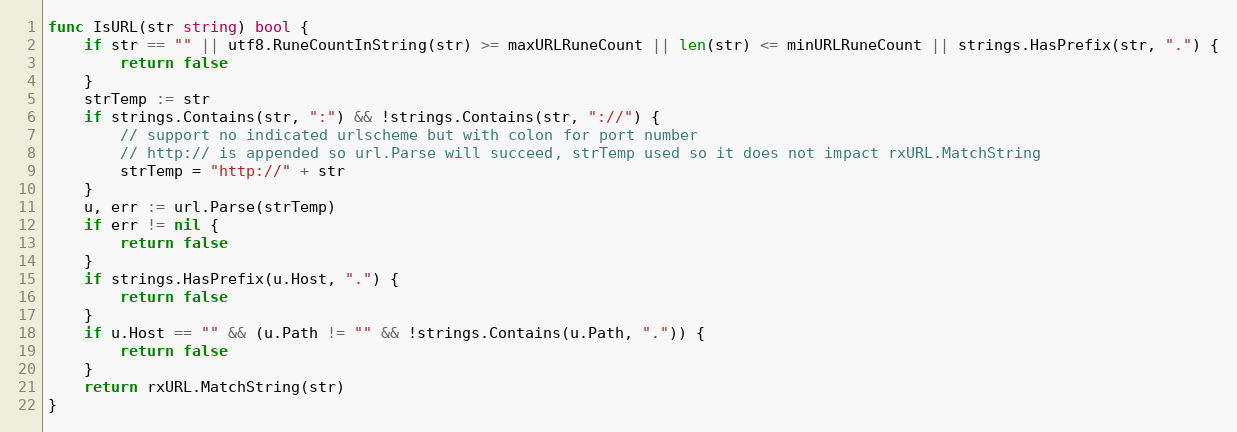
Language: Go
func IsURL(str string) bool {
	if str == "" || utf8.RuneCountInString(str) >= maxURLRuneCount || len(str) <= minURLRuneCount || strings.HasPrefix(str, ".") {
		return false
	}
	strTemp := str
	if strings.Contains(str, ":") && !strings.Contains(str, "://") {
		// support no indicated urlscheme but with colon for port number
		// http:// is appended so url.Parse will succeed, strTemp used so it does not impact rxURL.MatchString
		strTemp = "http://" + str
	}
	u, err := url.Parse(strTemp)
	if err != nil {
		return false
	}
	if strings.HasPrefix(u.Host, ".") {
		return false
	}
	if u.Host == "" && (u.Path != "" && !strings.Contains(u.Path, ".")) {
		return false
	}
	return rxURL.MatchString(str)
}